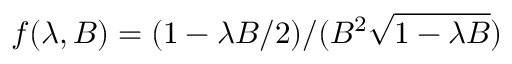
f ( \lambda , B ) = ( 1 - \lambda B / 2 ) / ( B ^ { 2 } \sqrt { 1 - \lambda B } )